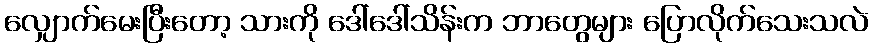
လျှောက်မေးပြီးတော့ သားကို ဒေါ်ဒေါ်သိန်းက ဘာတွေများ ပြောလိုက်သေးသလဲ